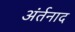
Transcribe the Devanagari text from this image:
अंर्तनाद